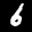
Label: 6